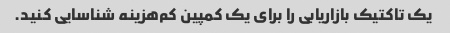
یک تاکتیک بازاریابی را برای یک کمپین کم‌هزینه شناسایی کنید.